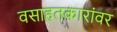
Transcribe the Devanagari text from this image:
वसाहतकारांवर